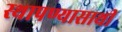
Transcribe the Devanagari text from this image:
स्थापण्यासाथी